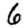
Digit: 6